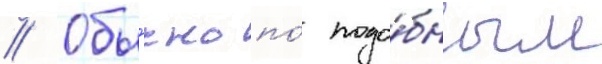
// Обы́чно по́ подо́бным